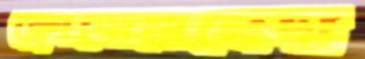
ক্লোদোয়ালেদা